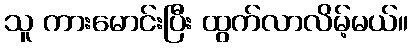
သူ ကားမောင်းပြီး ထွက်လာလိမ့်မယ်။